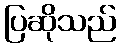
ပြဆိုသည်